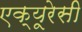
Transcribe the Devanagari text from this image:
एक्‍यूरेसी